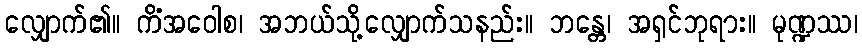
လျှောက်၏။ ကိံအဝေါစ၊ အဘယ်သို့လျှောက်သနည်း။ ဘန္တေ၊ အရှင်ဘုရား။ မုဏ္ဍဿ၊